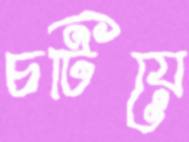
চটিয়ে